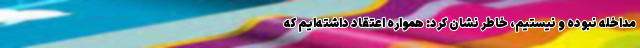
مداخله نبوده و نیستیم، خاطر نشان کرد: همواره اعتقاد داشته‌ایم که